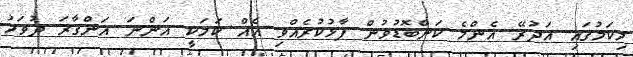
މިކަމުގައި އަދުރޭ އެންމެ ކަންބޮޑުވުން ފާޅުކުރެއްވި އެއް ކަމަކީ އަންނަ އަންގާރަ ދުވަހު